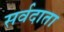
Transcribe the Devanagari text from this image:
सर्वदाता